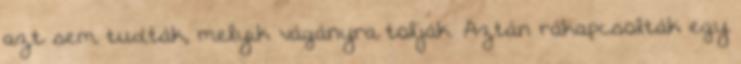
azt sem tudták, melyik vágányra tolják. Aztán rákapcsolták egy